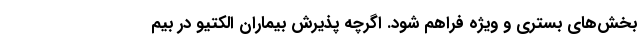
بخش‌های بستری و ویژه فراهم شود. اگرچه پذیرش بیماران الکتیو در بیم